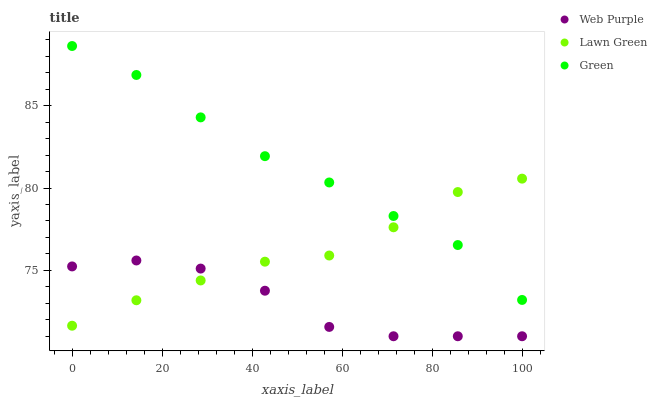
| xaxis_label | Web Purple | Lawn Green | Green |
 | --- | --- | --- | --- |
 | 0 | 75.2 | 71.6 | 88.6 |
 | 14.3 | 75.6 | 73.2 | 86.9 |
 | 28.6 | 75.1 | 74.4 | 84.3 |
 | 42.9 | 73.8 | 75.5 | 81.9 |
 | 57.1 | 71.6 | 75.9 | 80.3 |
 | 71.4 | 71 | 77.6 | 78.3 |
 | 85.7 | 71 | 79.8 | 76.5 |
 | 100 | 71 | 80.6 | 73.2 |